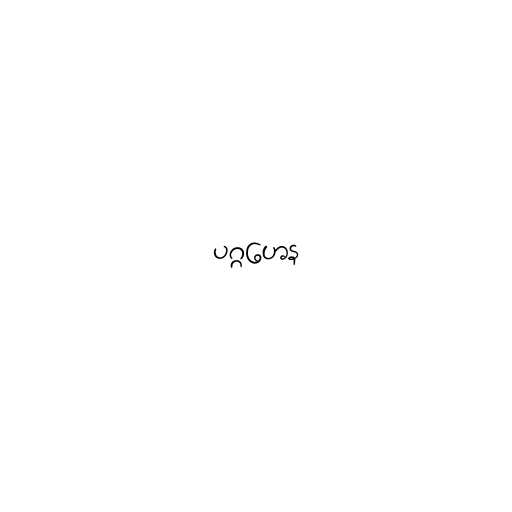
ပဂ္ဂဟေန